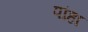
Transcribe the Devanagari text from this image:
पांहा